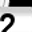
Digit: 2